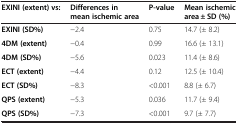
<table><thead><tr><td><b>EXINI (extent) vs:</b></td><td><b>Differences in mean ischemic area</b></td><td><b>P-value</b></td><td><b>Mean ischemic area ± SD (%)</b></td></tr></thead><tbody><tr><td><b>EXINI (SD%)</b></td><td>-2.4</td><td>0.75</td><td>14.7 (± 8.2)</td></tr><tr><td><b>4DM (extent)</b></td><td>-0.4</td><td>0.99</td><td>16.6 (± 13.1)</td></tr><tr><td><b>4DM (SD%)</b></td><td>-5.6</td><td>0.023</td><td>11.4 (± 8.6)</td></tr><tr><td><b>ECT (extent)</b></td><td>-4.4</td><td>0.12</td><td>12.5 (± 10.4)</td></tr><tr><td><b>ECT (SD%)</b></td><td>-8.3</td><td>&lt;0.001</td><td>8.8 (± 6.7)</td></tr><tr><td><b>QPS (extent)</b></td><td>-5.3</td><td>0.036</td><td>11.7 (± 9.4)</td></tr><tr><td><b>QPS (SD%)</b></td><td>-7.3</td><td>&lt;0.001</td><td>9.7 (± 7.7)</td></tr></tbody></table>